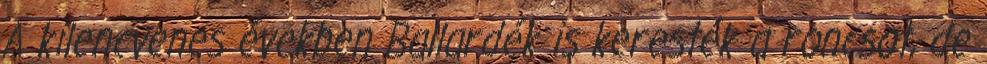
A kilencvenes években Ballardék is keresték a roncsot, de